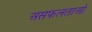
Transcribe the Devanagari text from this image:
असफलताओ